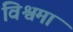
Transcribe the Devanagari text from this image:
विश्वमा